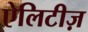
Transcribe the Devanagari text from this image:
ऐलिटीज़